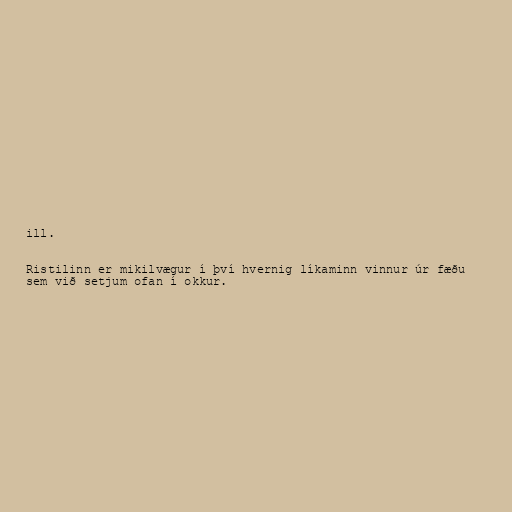
ill.

Ristilinn er mikilvægur í því hvernig líkaminn vinnur úr fæðu
sem við setjum ofan í okkur.